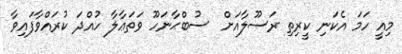
މިއީ ހަމަ އެކަނި ކީރިތި ރަސޫލާއަށް  ސުބްޙާނަހޫ ވަތަޢާލާ ހުއްދަ ކުރައްވާފައިވާ